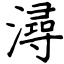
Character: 潯